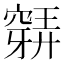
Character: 𥨋